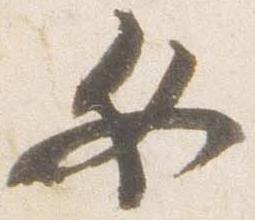
女